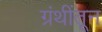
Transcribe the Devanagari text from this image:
ग्रंथींतून